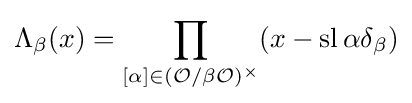
\Lambda _{\beta }(x)=\prod _{[\alpha ]\in ({\mathcal {O}}/\beta {\mathcal {O}})^{\times }}(x-\operatorname {sl} \alpha \delta _{\beta })